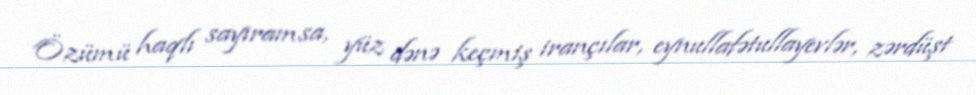
Özümü haqlı sayıramsa, yüz dənə keçmiş irançılar, eynullafətullayevlər, zərdüşt